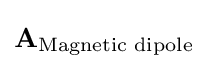
\mathbf {A} _{\text{Magnetic dipole}}